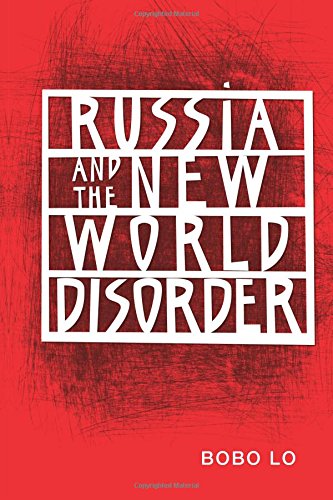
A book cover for Russia and the New World Disorder; Bobo Lo; History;